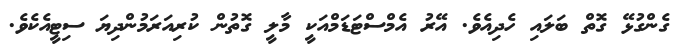
ގެންގުޅޭ ގޮތް ބަލައި ހެދިއެވެ. އޭރު އެމްސްޓަޑަމްއަކީ މާލީ ގޮތުން ކުރިއަރަމުންދިޔަ ސިޓީއެކެވެ.